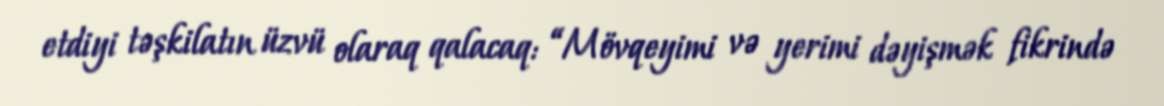
etdiyi təşkilatın üzvü olaraq qalacaq: “Mövqeyimi və yerimi dəyişmək fikrində